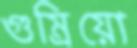
গুম্‌রিয়ো